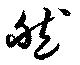
然